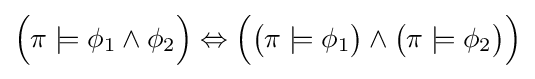
{\Big (}\pi \models \phi _{1}\land \phi _{2}{\Big )}\Leftrightarrow {\Big (}{\big (}\pi \models \phi _{1}{\big )}\land {\big (}\pi \models \phi _{2}{\big )}{\Big )}